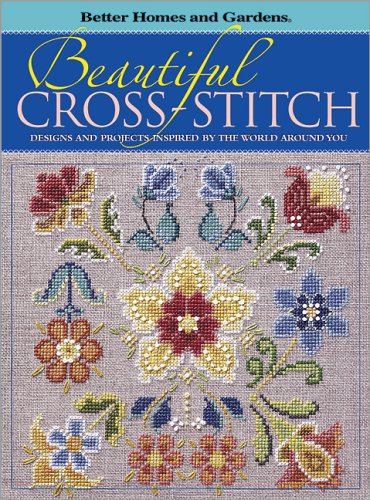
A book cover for Beautiful Cross-Stitch: Designs and Projects Inspired by the World Around You (Better Homes & Gardens); Better Homes and Gardens Books; Crafts, Hobbies & Home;